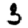
Digit: 3